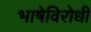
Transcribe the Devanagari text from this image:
भाषेविरोधी